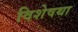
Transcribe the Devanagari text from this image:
विशेषथा